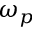
\omega _ { p }